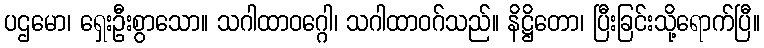
ပဌမော၊ ရှေးဦးစွာသော။ သဂါထာဝဂ္ဂေါ၊ သဂါထာဝဂ်သည်။ နိဋ္ဌိတော၊ ပြီးခြင်းသို့ရောက်ပြီ။